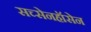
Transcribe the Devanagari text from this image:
सच्सेनहॉसेन